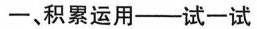
一、积累运用——试一试